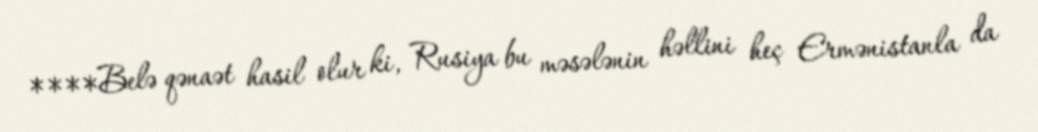
****Belə qənaət hasil olur ki, Rusiya bu məsələnin həllini heç Ermənistanla da